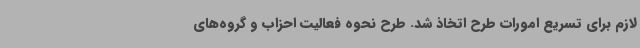
لازم برای تسریع امورات طرح اتخاذ شد. طرح نحوه فعالیت احزاب و گروه‌های